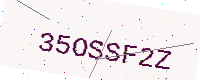
Text: 35OSSF2Z